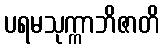
ပရမသုက္ကာဘိဇာတိ